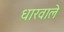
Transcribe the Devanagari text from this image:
धारवाले